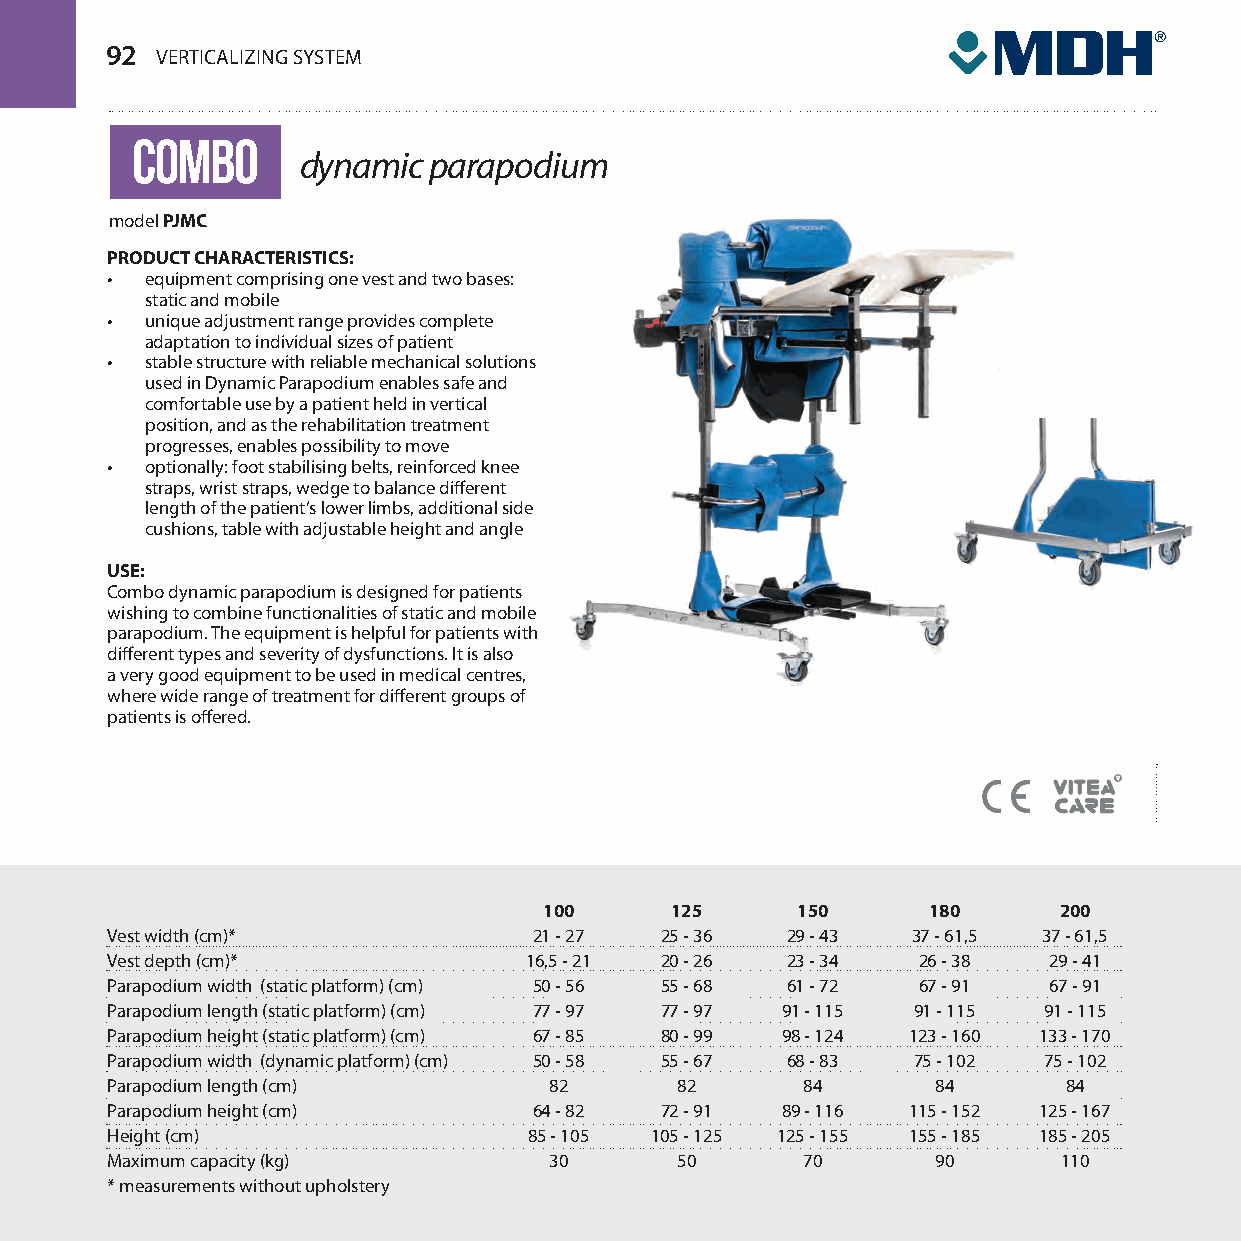
92 VERTICALIZING SYSTEM
 combo
 dynamic parapodium
 model PJMC
 PRODUCT CHARACTERISTICS:
 •  equipment comprising one vest and two bases:
 static and mobile
 •  unique adjustment range provides complete
 adaptation to individual sizes of patient
 •  stable structure with reliable mechanical solutions
 used in Dynamic Parapodium enables safe and
 comfortable use by a patient held in vertical
 position, and as the rehabilitation treatment
 progresses, enables possibility to move
 •  optionally: foot stabilising belts, reinforced knee
 straps, wrist straps, wedge to balance different
 length of the patient’s lower limbs, additional side
 cushions, table with adjustable height and angle
 USE:
 Combo dynamic parapodium is designed for patients
 wishing to combine functionalities of static and mobile
 parapodium. The equipment is helpful for patients with
 different types and severity of dysfunctions. It is also
 a very good equipment to be used in medical centres,
 where wide range of treatment for different groups of
 patients is offered.
 100     125      150     180      200
 Vest width (cm)*            21 - 27  25 - 36 29 - 43 37 - 61,5 37 - 61,5
 Vest depth (cm)*            16,5 - 21 20 - 26 23 - 34 26 - 38 29 - 41
 Parapodium width (static platform) (cm) 50 - 56 55 - 68 61 - 72 67 - 91 67 - 91
 Parapodium length (static platform) (cm) 77 - 97 77 - 97 91 - 115 91 - 115 91 - 115
 Parapodium height (static platform) (cm) 67 - 85 80 - 99 98 - 124 123 - 160 133 - 170
 Parapodium width (dynamic platform) (cm) 50 - 58 55 - 67 68 - 83 75 - 102 75 - 102
 Parapodium length (cm)       82       82      84       84       84
 Parapodium height (cm)      64 - 82  72 - 91 89 - 116 115 - 152 125 - 167
 Height (cm)                 85 - 105 105 - 125 125 - 155 155 - 185 185 - 205
 Maximum capacity (kg)        30       50      70       90      110
 * measurements without upholstery